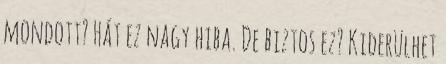
mondott? Hát ez nagy hiba. De biztos ez? Kiderülhet